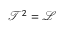
\mathscr { T } ^ { 2 } = { \mathscr { L } }